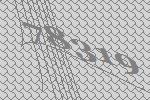
78319